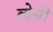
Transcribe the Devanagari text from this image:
व्हेसी